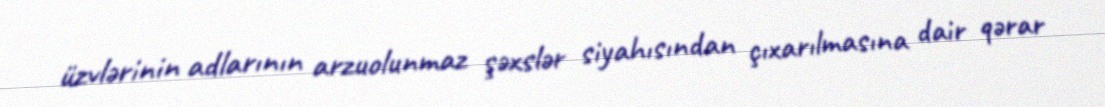
üzvlərinin adlarının arzuolunmaz şəxslər siyahısından çıxarılmasına dair qərar